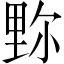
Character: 𨤧